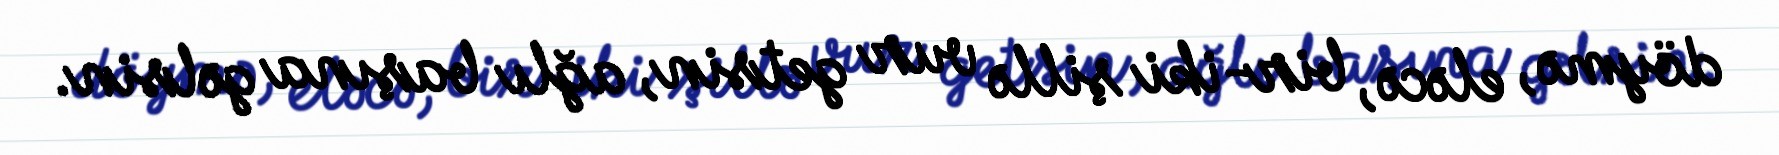
döymə, eləcə, bir-iki şillə vur getsin, ağlı başına gəlsin.